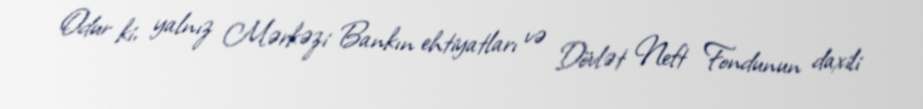
Odur ki, yalnız Mərkəzi Bankın ehtiyatları və Dövlət Neft Fondunun daxili